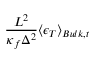
\frac { L ^ { 2 } } { \kappa _ { f } \Delta ^ { 2 } } \langle \epsilon _ { T } \rangle _ { B u l k , t }